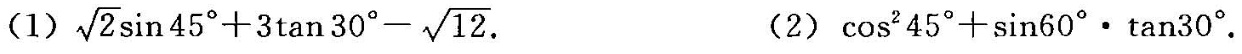
(1) $$\sqrt { 2 } \sin 4 5 ° + 3 \tan 3 0 ° - \sqrt { 1 2 }$$. (2)$$\cos ^ { 2 } 4 5 ° + \sin 6 0 ° \cdot \tan 3 0 °$$.